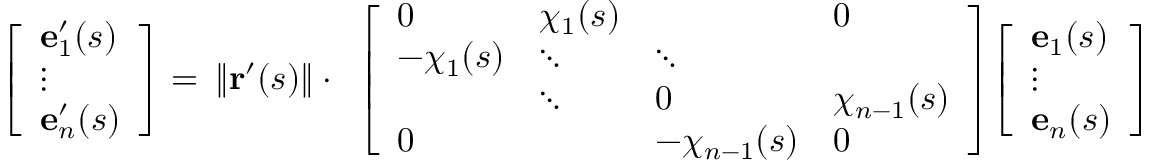
{ \begin{array} { r } { { \left[ \begin{array} { l } { \mathbf { e } _ { 1 } ^ { \prime } ( s ) } \\ { \vdots } \\ { \mathbf { e } _ { n } ^ { \prime } ( s ) } \end{array} \right] } = } \end{array} } \| \mathbf { r } ^ { \prime } ( s ) \| \cdot { \begin{array} { r } { { \left[ \begin{array} { l l l l } { 0 } & { \chi _ { 1 } ( s ) } & & { 0 } \\ { - \chi _ { 1 } ( s ) } & { \ddots } & { \ddots } & \\ & { \ddots } & { 0 } & { \chi _ { n - 1 } ( s ) } \\ { 0 } & & { - \chi _ { n - 1 } ( s ) } & { 0 } \end{array} \right] } { \left[ \begin{array} { l } { \mathbf { e } _ { 1 } ( s ) } \\ { \vdots } \\ { \mathbf { e } _ { n } ( s ) } \end{array} \right] } } \end{array} }